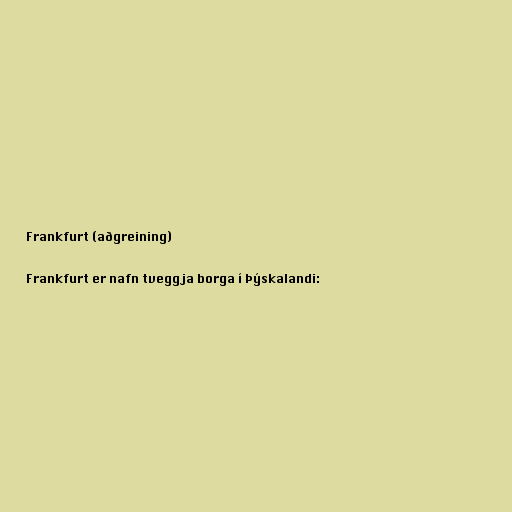
Frankfurt (aðgreining)

Frankfurt er nafn tveggja borga í Þýskalandi: